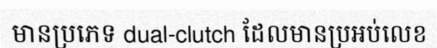
មានប្រភេទ dual-clutch ដែលមានប្រអប់លេខ